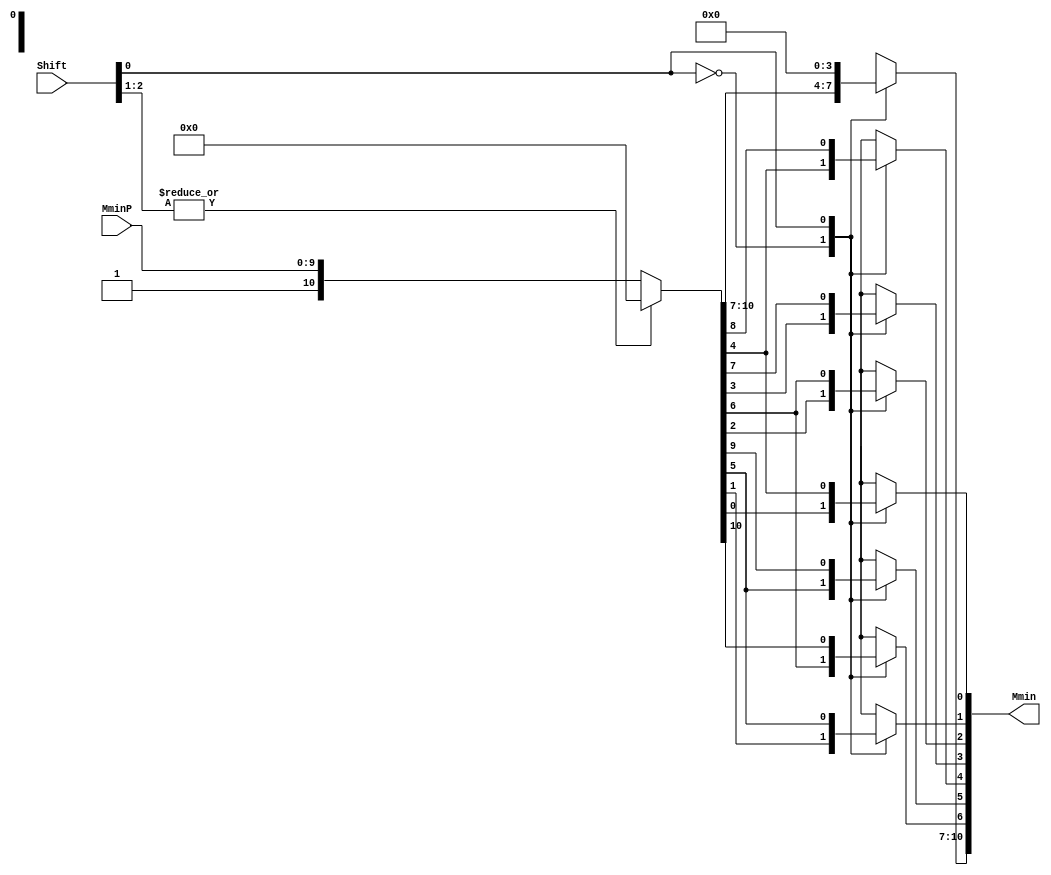
`define SIMULATION_MEMORY
//`define SIMULATION_addfp
`define VECTOR_DEPTH 64 //Q,K,V vector size
`define DATA_WIDTH 16
`define VECTOR_BITS 1024 // 16 bit each (16x64)
`define NUM_WORDS 32   //num of words in the sentence
`define BUF_AWIDTH 4 //16 entries in each buffer ram
`define BUF_LOC_SIZE 4 //4 words in each addr location
`define OUT_RAM_DEPTH 512 //512 entries in output bram
`define EXPONENT 8
`define MANTISSA 7
`define EXPONENT 5
`define MANTISSA 10
`define SIGN 1
`define DWIDTH (`SIGN+`EXPONENT+`MANTISSA)
`define DEFINES_DONE
`define DATAWIDTH (`SIGN+`EXPONENT+`MANTISSA)
`define IEEE_COMPLIANCE 1
`define NUM 4
`define ADDRSIZE 4

module FPAddSub_AlignShift1(
		//bf16,
		MminP,
		Shift,
		Mmin
	);
	
	// Input ports
	//input bf16;
	input [`MANTISSA-1:0] MminP ;						// Smaller mantissa after 16|12|8|4 shift
	input [`EXPONENT-3:0] Shift ;						// Shift amount. Last 2 bits of shifting are done in next stage. Hence, we have [`EXPONENT - 2] bits
	
	// Output ports
	output [`MANTISSA:0] Mmin ;						// The smaller mantissa
	

	wire bf16;
	assign bf16 = 1'b1; //hardcoding to 1, to avoid ODIN issue. a `ifdef here wasn't working. apparently, nested `ifdefs don't work

	// Internal signals
	reg	  [`MANTISSA:0]		Lvl1;
	reg	  [`MANTISSA:0]		Lvl2;
	wire    [2*`MANTISSA+1:0]    Stage1;	
	integer           i;                // Loop variable

	wire [`MANTISSA:0] temp_0; 

assign temp_0 = 0;

	always @(*) begin
		if (bf16 == 1'b1) begin						
//hardcoding for bfloat16
	//For bfloat16, we can shift the mantissa by a max of 7 bits since mantissa has a width of 7. 
	//Hence if either, bit[3]/bit[4]/bit[5]/bit[6]/bit[7] is 1, we can make it 0. This corresponds to bits [5:1] in our updated shift which doesn't contain last 2 bits.
		//Lvl1 <= (Shift[1]|Shift[2]|Shift[3]|Shift[4]|Shift[5]) ? {temp_0} : {1'b1, MminP};  // MANTISSA + 1 width	
		Lvl1 <= (|Shift[`EXPONENT-3:1]) ? {temp_0} : {1'b1, MminP};  // MANTISSA + 1 width	
		end
		else begin
		//for half precision fp16, 10 bits can be shifted. Hence, only shifts till 10 (01010)can be made. 
		Lvl1 <= Shift[2] ? {temp_0} : {1'b1, MminP};
		end
	end
	
	assign Stage1 = { temp_0, Lvl1}; //2*MANTISSA + 2 width

	always @(*) begin    					// Rotate {0 | 4 } bits
	if(bf16 == 1'b1) begin
	  case (Shift[0])
			// Rotate by 0	
			1'b0:  Lvl2 <= Stage1[`MANTISSA:0];       			
			// Rotate by 4	
			1'b1:  begin for (i=0; i<=`MANTISSA; i=i+1) begin Lvl2[i] <= Stage1[i+4]; end Lvl2[`MANTISSA:`MANTISSA-3] <= 0; end
	  endcase
	end
	else begin
	  case (Shift[1:0])					// Rotate {0 | 4 | 8} bits
			// Rotate by 0	
			2'b00:  Lvl2 <= Stage1[`MANTISSA:0];       			
			// Rotate by 4	
			2'b01:  begin for (i=0; i<=`MANTISSA; i=i+1) begin Lvl2[i] <= Stage1[i+4]; end Lvl2[`MANTISSA:`MANTISSA-3] <= 0; end
			// Rotate by 8
			2'b10:  begin for (i=0; i<=`MANTISSA; i=i+1) begin Lvl2[i] <= Stage1[i+8]; end Lvl2[`MANTISSA:`MANTISSA-7] <= 0; end
			// Rotate by 12	
			2'b11: Lvl2[`MANTISSA: 0] <= 0; 
			//2'b11:  begin for (i=0; i<=`MANTISSA; i=i+1) begin Lvl2[i] <= Stage1[i+12]; end Lvl2[`MANTISSA:`MANTISSA-12] <= 0; end
	  endcase
	end
	end

	// Assign output to next shift stage
	assign Mmin = Lvl2;
	
endmodule